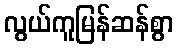
လွယ်ကူမြန်ဆန်စွာ